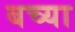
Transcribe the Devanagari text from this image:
बच्या